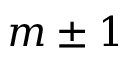
m \pm 1